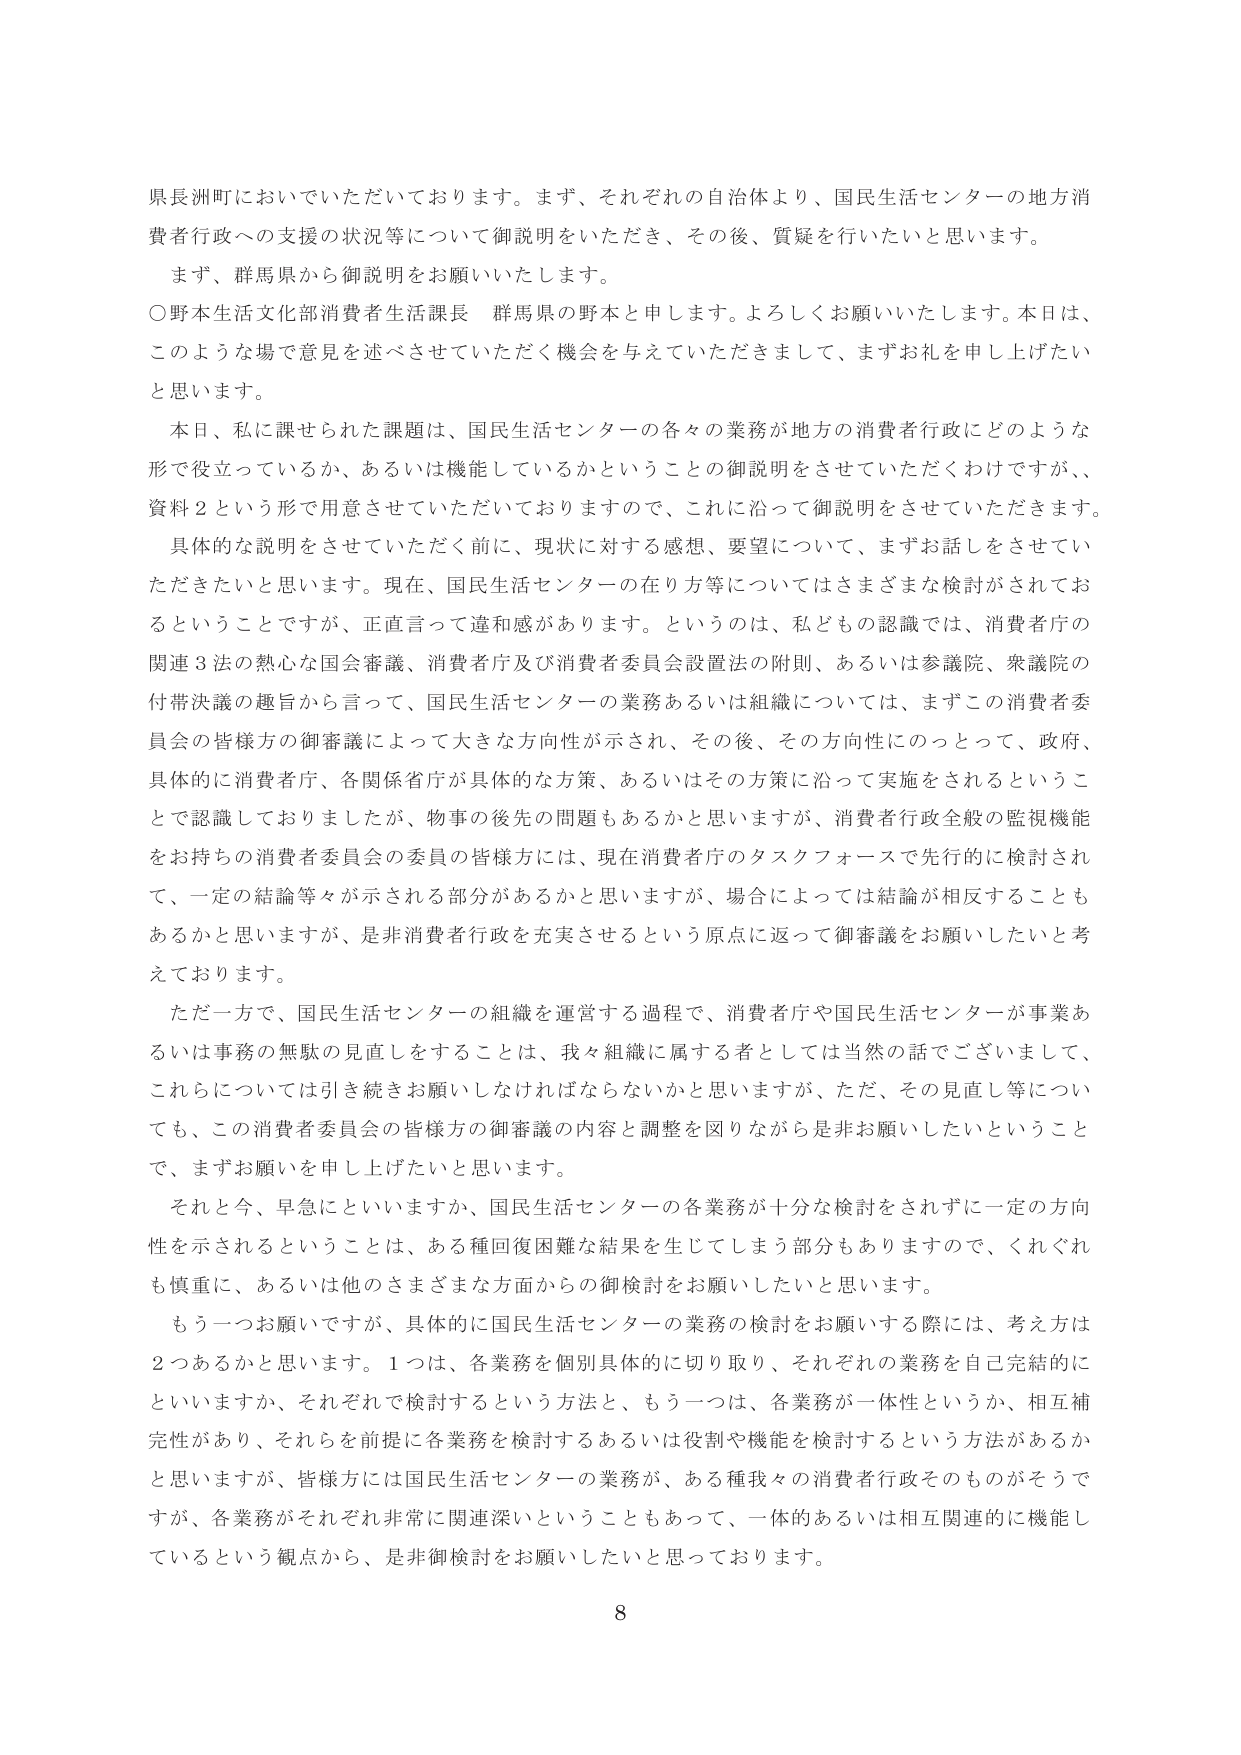
県長洲町においていただいております。まず、それぞれの自治体より、国民生活センターの地方消費者行政への支援の状況等について御説明をいただき、その後、質疑を行いたいと思います。

まず、群馬県から御説明をお願いいたします。

○野本生活文化部消費者生活課長 群馬県の野本と申します。よろしくお願いいたします。本日は、このような場で意見を述べさせていただく機会を与えていただきまして、まずお礼を申し上げたいと思います。

本日、私に課せられた課題は、国民生活センターの各々の業務が地方の消費者行政にどのような形で役立っているか、あるいは機能しているかということの御説明をさせていただくわけですが、資料２という形で用意させていただいておりますので、これに沿って御説明をさせていただきます。

具体的な説明をさせていただく前に、現状に対する感想、要望について、まずお話をさせていただきたいと思います。現在、国民生活センターの在り方等についてはさまざまな検討がされておるということですが、正直言って違和感があります。というのは、私どもの認識では、消費者庁の関連３法の熱心な国会審議、消費者庁及び消費者委員会設置法の附則、あるいは参議院、衆議院の付帯決議の趣旨から言って、国民生活センターの業務あるいは組織については、まずこの消費者委員会の皆様方の御審議によって大きな方向性が示され、その後、その方向性にのっとって、政府、具体的に消費者庁、各関係省庁が具体的な方策、あるいはその方策に沿って実施をされるということで認識しておりましたが、物事の後先の問題もあるかと思いますが、消費者行政全般の監視機能をお持ちの消費者委員会の委員の皆様方には、現在消費者庁のタスクフォースで先行的に検討されて、一定の結論等々が示される部分があるかと思いますが、場合によっては結論が相反することもあるかと思いますが、是非消費者行政を充実させるという原点に返って御審議をお願いしたいと考えております。

ただ一方で、国民生活センターの組織を運営する過程で、消費者庁や国民生活センターが事業あるいは事務の無駄の見直しをすることは、我々組織に属する者としては当然の話でございまして、これらについては引き続きお願いしなければならないかと思いますが、ただ、その見直し等についても、この消費者委員会の皆様方の御審議の内容と調整を図りながら是非お願いしたいということで、まずお願いを申し上げたいと思います。

それと今、早急にといいますか、国民生活センターの各業務が十分な検討をされずに一定の方向性を示されるということは、ある種回復困難な結果を生じてしまう部分もありますので、くれぐれも慎重に、あるいは他のさまざまな方面からの御検討をお願いしたいと思います。

もう一つお願いですが、具体的に国民生活センターの業務の検討をお願いする際には、考え方は２つあるかと思います。１つは、各業務を個別具体的に切り取り、それぞれの業務を自己完結的にといいますか、それぞれで検討するという方法と、もう一つは、各業務が一体性というか、相互補完性があり、それらを前提に各業務を検討するあるいは役割や機能を検討するという方法があるかと思いますが、皆様方には国民生活センターの業務が、ある種我々の消費者行政そのものがそうでありますが、各業務がそれぞれ非常に関連深いということもあって、一体的あるいは相互関連的に機能しているという観点から、是非御検討をお願いしたいと思っております。

8